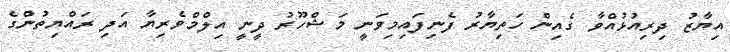
އިޔާޒު ދިރިއުޅުއްވާ ގެއިން ހަތިޔާރު ފެނިފައިމިވަނީ މަޝްހޫރު ދީނީ އިލްމްވެރިޔާ އަދި ރައްޔިތުންގެ